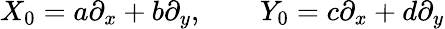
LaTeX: X_{0}=a\partial_{x}+b\partial_{y},\qquad Y_{0}=c\partial_{x}+d\partial_{y}